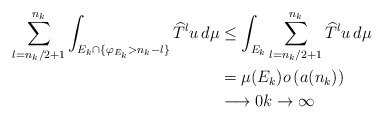
\begin{align*}\sum_{l=n_{k}/2+1}^{n_{k}}\int_{E_{k}\cap\{\varphi_{E_{k}}>n_{k}-l\}}\widehat{T}^{l}u\,d\mu & \leq\int_{E_{k}}\sum_{l=n_{k}/2+1}^{n_{k}}\widehat{T}^{l}u\,d\mu\\& =\mu(E_{k})o\left( a(n_{k})\right) \\& \longrightarrow0k\rightarrow\infty\end{align*}